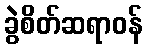
ခွဲစိတ်ဆရာဝန်